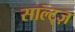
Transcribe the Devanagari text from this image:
साल्ट्ज़